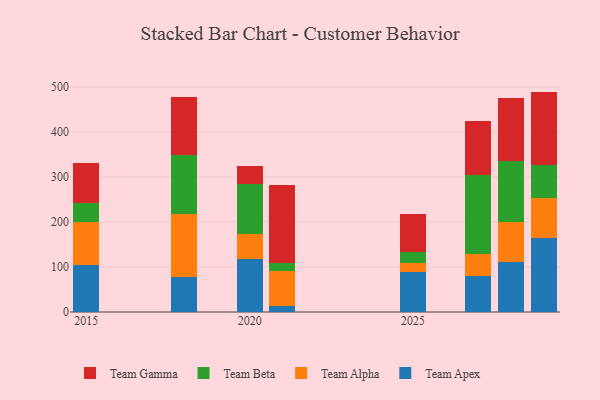
{"axis": {"x": "Year", "y": "Bounce Rate (%)"}, "legend": ["Team Alpha", "Team Apex", "Team Beta", "Team Gamma"], "data": [{"x": "2018", "y": 77.8, "type": "Team Apex"}, {"x": "2018", "y": 140.0, "type": "Team Alpha"}, {"x": "2018", "y": 132.2, "type": "Team Beta"}, {"x": "2018", "y": 127.7, "type": "Team Gamma"}, {"x": "2020", "y": 117.8, "type": "Team Apex"}, {"x": "2020", "y": 54.6, "type": "Team Alpha"}, {"x": "2020", "y": 111.6, "type": "Team Beta"}, {"x": "2020", "y": 41.0, "type": "Team Gamma"}, {"x": "2021", "y": 14.2, "type": "Team Apex"}, {"x": "2021", "y": 75.9, "type": "Team Alpha"}, {"x": "2021", "y": 19.6, "type": "Team Beta"}, {"x": "2021", "y": 173.7, "type": "Team Gamma"}, {"x": "2027", "y": 79.0, "type": "Team Apex"}, {"x": "2027", "y": 50.8, "type": "Team Alpha"}, {"x": "2027", "y": 175.1, "type": "Team Beta"}, {"x": "2027", "y": 120.5, "type": "Team Gamma"}, {"x": "2015", "y": 105.3, "type": "Team Apex"}, {"x": "2015", "y": 95.9, "type": "Team Alpha"}, {"x": "2015", "y": 40.5, "type": "Team Beta"}, {"x": "2015", "y": 88.9, "type": "Team Gamma"}, {"x": "2025", "y": 88.1, "type": "Team Apex"}, {"x": "2025", "y": 20.9, "type": "Team Alpha"}, {"x": "2025", "y": 25.0, "type": "Team Beta"}, {"x": "2025", "y": 83.8, "type": "Team Gamma"}, {"x": "2028", "y": 110.5, "type": "Team Apex"}, {"x": "2028", "y": 90.6, "type": "Team Alpha"}, {"x": "2028", "y": 134.0, "type": "Team Beta"}, {"x": "2028", "y": 140.1, "type": "Team Gamma"}, {"x": "2029", "y": 164.0, "type": "Team Apex"}, {"x": "2029", "y": 89.1, "type": "Team Alpha"}, {"x": "2029", "y": 73.3, "type": "Team Beta"}, {"x": "2029", "y": 163.6, "type": "Team Gamma"}]}